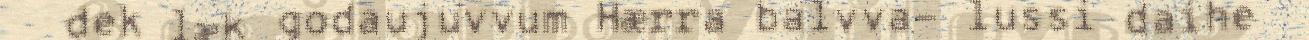
dek læk godaujuvvum Hærra balvva- lussi daihe